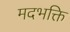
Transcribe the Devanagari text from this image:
मदभक्ति